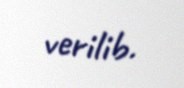
verilib.